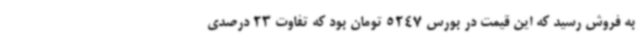
به فروش رسید که این قیمت در بورس 5247 تومان بود که تفاوت 23 درصدی